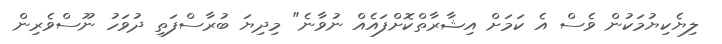
ލިޔެކިޔުމަކުން ވެސް އެ ކަމަށް އިޝާރާތްކޮށްފައެއް ނުވާނެ" މިދިޔަ ބުރާސްފަތި ދުވަހު ނޫސްވެރިން